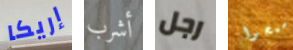
إريكا أشرب رجل اسمحوا